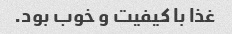
غذا با کیفیت و خوب بود.